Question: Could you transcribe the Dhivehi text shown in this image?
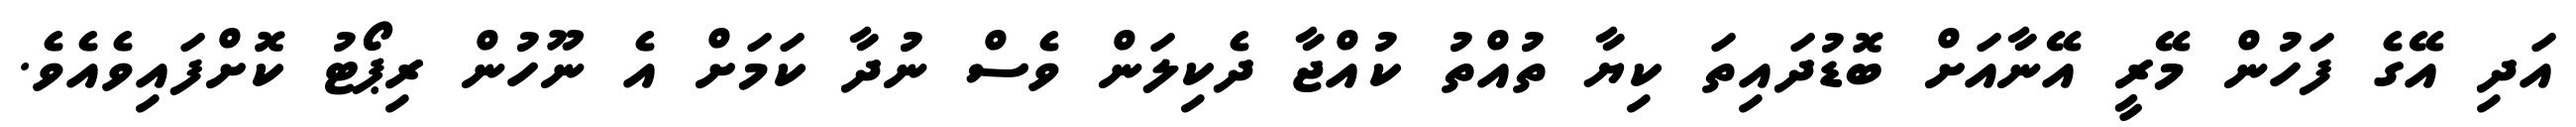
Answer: އަދި އޭގެ ފަހުން މޭރީ އޭނާއަށް ބޮޑުދައިތަ ކިޔާ ތުއްތު ކުއްޖާ ދެކިލަން ވެސް ނުދާ ކަމަށް އެ ނޫހުން ރިޕޯޓު ކޮށްފައިވެއެވެ.